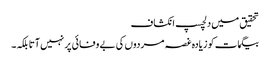
تحقیق میں دلچسپ انکشاف
بیگمات کو زیادہ غصہ مردوں کی بے وفائی پر نہیں آتا بلکہ۔